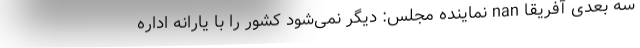
سه بعدی آفریقا nan نماینده مجلس: دیگر نمی‌شود کشور را با یارانه اداره